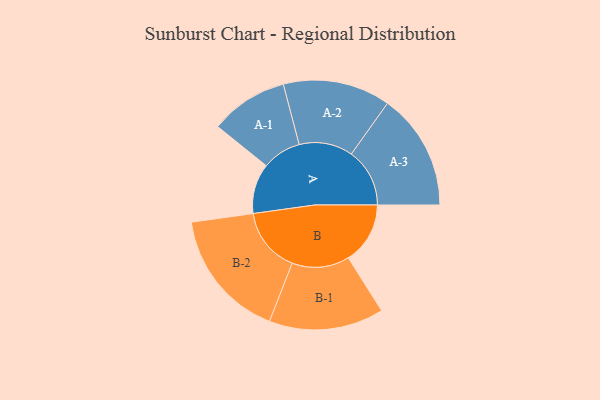
{"axis": {"x": "Segment", "y": "Value"}, "legend": ["", "A", "B"], "data": [{"x": "A", "y": 204, "type": ""}, {"x": "B", "y": 252, "type": ""}, {"x": "A-1", "y": 159, "type": "A"}, {"x": "A-2", "y": 219, "type": "A"}, {"x": "A-3", "y": 238, "type": "A"}, {"x": "B-1", "y": 234, "type": "B"}, {"x": "B-2", "y": 265, "type": "B"}]}